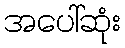
အပေါ်ဆုံး